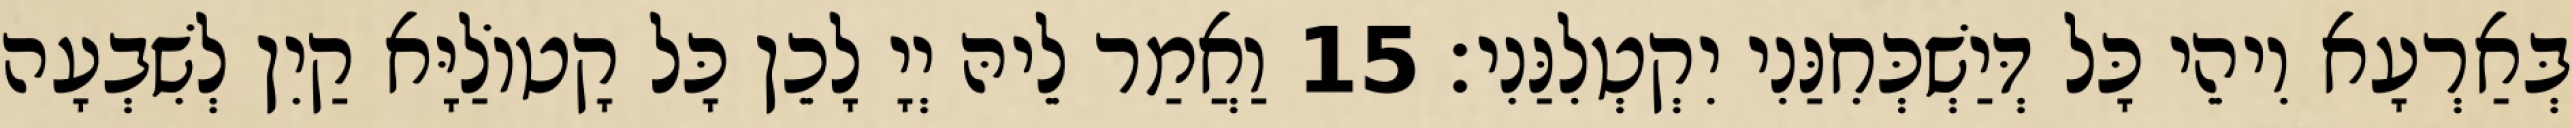
בְּאַרְעָא וִיהֵי כָּל דְּיַשְׁכְּחִנַּנִי יִקְטְלִנַּנִי׃ 15 וַאֲמַר לֵיהּ יְיָ לָכֵן כָּל קָטוֹלַיָּא קַיִן לְשִׁבְעָה